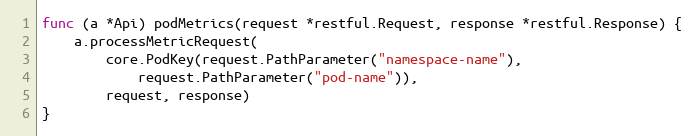
Language: Go
func (a *Api) podMetrics(request *restful.Request, response *restful.Response) {
	a.processMetricRequest(
		core.PodKey(request.PathParameter("namespace-name"),
			request.PathParameter("pod-name")),
		request, response)
}